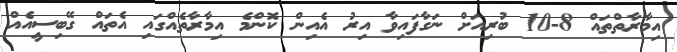
އިމާރާތްތައް 8-10 ބުރިއަށް ނަގާފައިވާ އިރު އެއިން ކޮންމެ އިމާރާތެއްގައި އެތައް ގޭބިސީއެއް